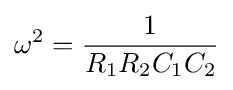
\omega ^{2}={1 \over R_{1}R_{2}C_{1}C_{2}}